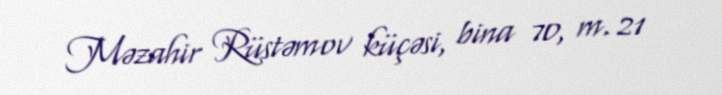
Məzahir Rüstəmov küçəsi, bina 70, m. 21